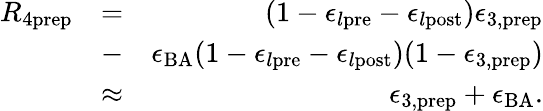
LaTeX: \begin{array}{rlr}{R_{4\mathrm{prep}}}&{=}&{(1-\epsilon_{l\mathrm{pre}}-\epsilon_{l\mathrm{post}})\epsilon_{3,\mathrm{prep}}}\\ &{-}&{\epsilon_{\mathrm{BA}}(1-\epsilon_{l\mathrm{pre}}-\epsilon_{l\mathrm{post}})(1-\epsilon_{3,\mathrm{prep}})}\\ &{\approx}&{\epsilon_{3,\mathrm{prep}}+\epsilon_{\mathrm{BA}}.}\end{array}